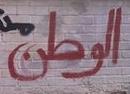
الوطن